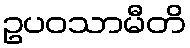
ဥပဝသာမီတိ